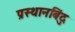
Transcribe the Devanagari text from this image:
प्रस्थानबिंदु